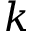
k